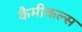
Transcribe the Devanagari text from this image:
कैमीकल्स